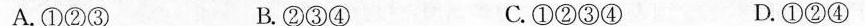
A.①②③ B.②③④ C.①②③④ D.①②④